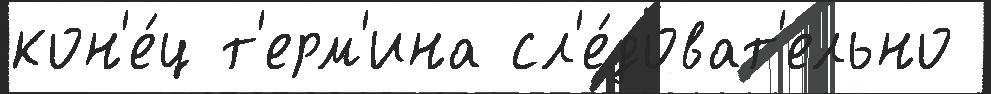
кон'е́ц т'ерм'ина сл'е́доват'ельно